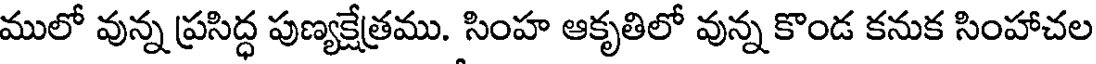
ములో వున్న ప్రసిద్ధ పుణ్యక్షేత్రము. సింహ ఆకృతిలో వున్న కొండ కనుక సింహాచల